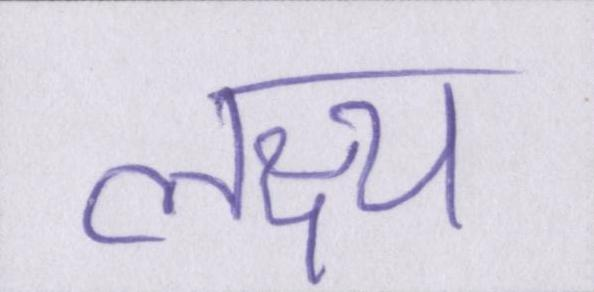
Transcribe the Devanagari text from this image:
लक्ष्य